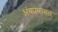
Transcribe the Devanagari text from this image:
अंकांबाबत